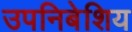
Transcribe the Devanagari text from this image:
उपनिबेशिय